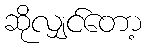
ဆိုလျှင်တော့